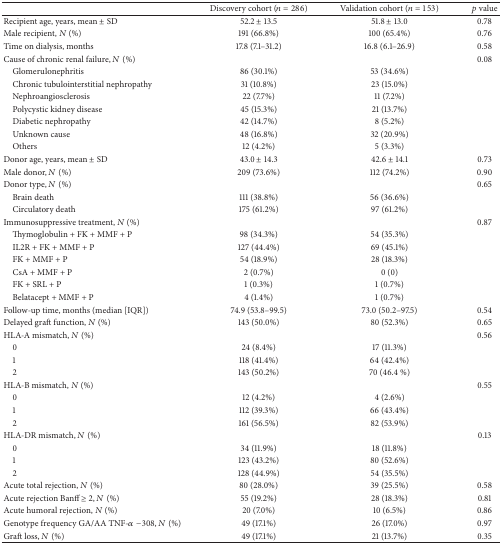
<table><thead><tr><td><b> </b></td><td><b>Discovery cohort (<i>n</i> = 286)</b></td><td><b>Validation cohort (<i>n</i> = 153)</b></td><td><b><i>p</i> value</b></td></tr></thead><tbody><tr><td>Recipient age, years, mean ± SD</td><td>52.2 ± 13.5</td><td>51.8 ± 13.0</td><td>0.78</td></tr><tr><td>Male recipient, <i>N</i> (%)</td><td>191 (66.8%)</td><td>100 (65.4%)</td><td>0.76</td></tr><tr><td>Time on dialysis, months</td><td>17.8 (7.1–31.2)</td><td>16.8 (6.1–26.9)</td><td>0.58</td></tr><tr><td>Cause of chronic renal failure, <i>N</i> (%)</td><td> </td><td> </td><td>0.08</td></tr><tr><td> Glomerulonephritis</td><td>86 (30.1%)</td><td>53 (34.6%)</td><td> </td></tr><tr><td> Chronic tubulointerstitial nephropathy</td><td>31 (10.8%)</td><td>23 (15.0%)</td><td> </td></tr><tr><td> Nephroangiosclerosis</td><td>22 (7.7%)</td><td>11 (7.2%)</td><td> </td></tr><tr><td> Polycystic kidney disease</td><td>45 (15.3%)</td><td>21 (13.7%)</td><td> </td></tr><tr><td> Diabetic nephropathy</td><td>42 (14.7%)</td><td>8 (5.2%)</td><td> </td></tr><tr><td> Unknown cause</td><td>48 (16.8%)</td><td>32 (20.9%)</td><td> </td></tr><tr><td> Others</td><td>12 (4.2%)</td><td>5 (3.3%)</td><td> </td></tr><tr><td>Donor age, years, mean ± SD</td><td>43.0 ± 14.3</td><td>42.6 ± 14.1</td><td>0.73</td></tr><tr><td>Male donor, <i>N</i> (%)</td><td>209 (73.6%)</td><td>112 (74.2%)</td><td>0.90</td></tr><tr><td>Donor type, <i>N</i> (%)</td><td> </td><td> </td><td>0.65</td></tr><tr><td> Brain death</td><td>111 (38.8%)</td><td>56 (36.6%)</td><td> </td></tr><tr><td> Circulatory death </td><td>175 (61.2%)</td><td>97 (61.2%)</td><td> </td></tr><tr><td>Immunosuppressive treatment, <i>N</i> (%)</td><td> </td><td> </td><td>0.87</td></tr><tr><td> Thymoglobulin + FK + MMF + P</td><td>98 (34.3%)</td><td>54 (35.3%)</td><td> </td></tr><tr><td> IL2R + FK + MMF + P</td><td>127 (44.4%)</td><td>69 (45.1%)</td><td rowspan="2"> </td></tr><tr><td> FK + MMF + P</td><td>54 (18.9%)</td><td>28 (18.3%)</td></tr><tr><td> CsA + MMF + P</td><td>2 (0.7%)</td><td>0 (0)</td><td> </td></tr><tr><td> FK + SRL + P</td><td>1 (0.3%)</td><td>1 (0.7%)</td><td> </td></tr><tr><td> Belatacept + MMF + P</td><td>4 (1.4%)</td><td>1 (0.7%)</td><td> </td></tr><tr><td>Follow-up time, months (median [IQR])</td><td>74.9 (53.8–99.5)</td><td>73.0 (50.2–97.5)</td><td>0.54</td></tr><tr><td>Delayed graft function, <i>N</i> (%)</td><td>143 (50.0%)</td><td>80 (52.3%)</td><td>0.65</td></tr><tr><td>HLA-A mismatch, <i>N</i> (%)</td><td> </td><td> </td><td>0.56</td></tr><tr><td> 0</td><td>24 (8.4%)</td><td>17 (11.3%)</td><td> </td></tr><tr><td> 1</td><td>118 (41.4%)</td><td>64 (42.4%)</td><td rowspan="2"> </td></tr><tr><td> 2</td><td>143 (50.2%)</td><td>70 (46.4 %)</td></tr><tr><td>HLA-B mismatch, <i>N</i> (%)</td><td> </td><td> </td><td>0.55</td></tr><tr><td> 0</td><td>12 (4.2%)</td><td>4 (2.6%)</td><td> </td></tr><tr><td> 1</td><td>112 (39.3%)</td><td>66 (43.4%)</td><td> </td></tr><tr><td> 2</td><td>161 (56.5%)</td><td>82 (53.9%)</td><td> </td></tr><tr><td>HLA-DR mismatch, <i>N</i> (%)</td><td> </td><td> </td><td>0.13</td></tr><tr><td> 0</td><td>34 (11.9%)</td><td>18 (11.8%)</td><td> </td></tr><tr><td> 1</td><td>123 (43.2%)</td><td>80 (52.6%)</td><td> </td></tr><tr><td> 2</td><td>128 (44.9%)</td><td>54 (35.5%)</td><td> </td></tr><tr><td>Acute total rejection, <i>N</i> (%)</td><td>80 (28.0%)</td><td>39 (25.5%)</td><td>0.58</td></tr><tr><td>Acute rejection Banff ≥ 2, <i>N</i> (%)</td><td>55 (19.2%)</td><td>28 (18.3%)</td><td>0.81</td></tr><tr><td>Acute humoral rejection, <i>N</i> (%)</td><td>20 (7.0%)</td><td>10 (6.5%)</td><td>0.86</td></tr><tr><td>Genotype frequency GA/AA TNF-<i>α</i>−308, <i>N</i> (%)</td><td>49 (17.1%)</td><td>26 (17.0%)</td><td>0.97</td></tr><tr><td>Graft loss, <i>N</i> (%)</td><td>49 (17.1%)</td><td>21 (13.7%)</td><td>0.35</td></tr></tbody></table>